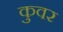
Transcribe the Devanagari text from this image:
कुवर